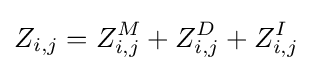
Z_{i,j}=Z_{i,j}^{M}+Z_{i,j}^{D}+Z_{i,j}^{I}